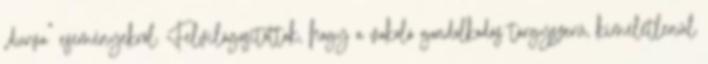
„durva” események­ről. Fel­világosítottak, hogy a vakoló gondolkodás tárgysze­rű, kí­méletlenül